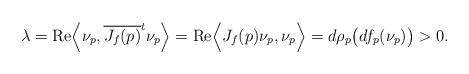
LaTeX: \begin{align*} \lambda={\rm{Re}}\Big\langle\nu_p, \overline{J_f(p)}^t\nu_p\Big\rangle ={\rm{Re}}\Big\langle J_f(p)\nu_p, \nu_p\Big\rangle =d\rho_p\big(df_p(\nu_p)\big)>0. \end{align*}